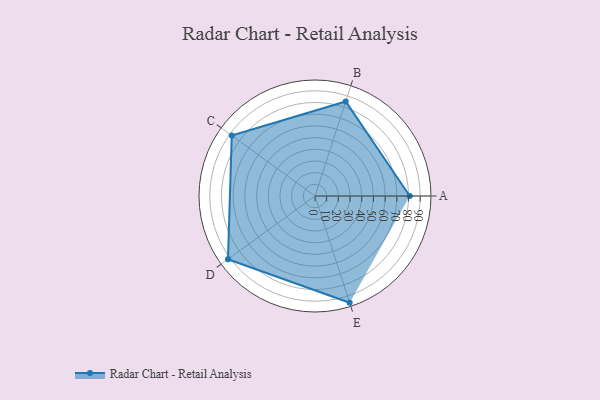
{"axis": {"x": "Skill", "y": "Score"}, "legend": ["Profile"], "data": [{"x": "A", "y": 81.0, "type": "Profile"}, {"x": "B", "y": 85.0, "type": "Profile"}, {"x": "C", "y": 88.0, "type": "Profile"}, {"x": "D", "y": 92.0, "type": "Profile"}, {"x": "E", "y": 96.0, "type": "Profile"}]}